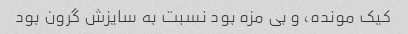
کیک مونده، و بی مزه بود نسبت به سایزش گرون بود